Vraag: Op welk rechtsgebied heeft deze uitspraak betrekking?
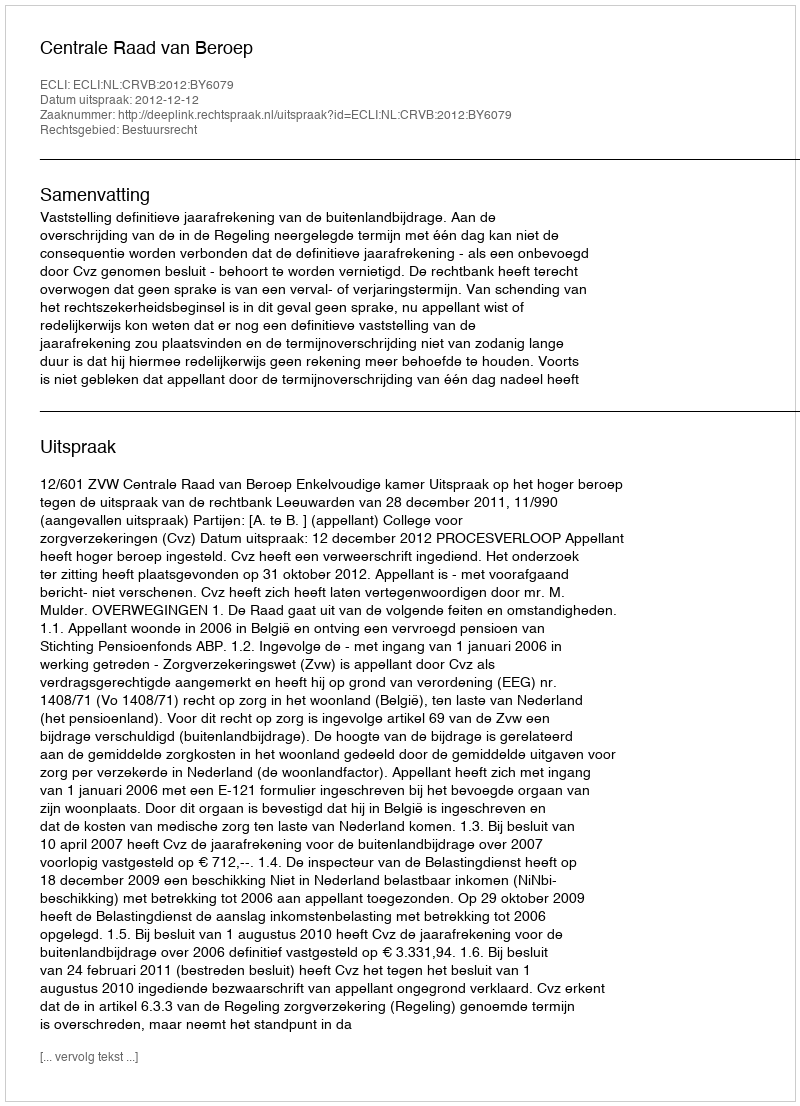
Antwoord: Bestuursrecht